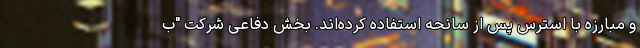
و مبارزه با استرس پس از سانحه استفاده کرده‌اند. بخش دفاعی شرکت "ب